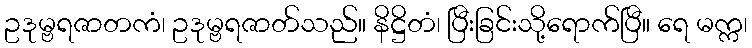
ဥဒုမ္ဗရဇာတကံ၊ ဥဒုမ္ဗရဇာတ်သည်။ နိဋ္ဌိတံ၊ ပြီးခြင်းသို့ရောက်ပြီ။ ရေ မက္က၊